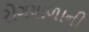
રોગચાળાની